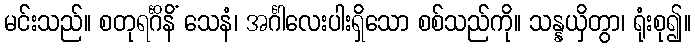
မင်းသည်။ စတုရင်္ဂိနိံ သေနံ၊ အင်္ဂါလေးပါးရှိသော စစ်သည်ကို။ သန္နယှိတွာ၊ ရုံးစု၍။